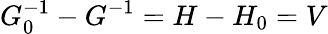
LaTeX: G_{0}^{-1}-G^{-1}=H-H_{0}=V